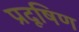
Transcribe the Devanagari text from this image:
प्रदूषिण